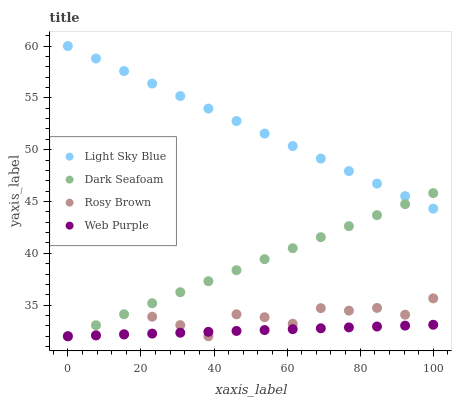
| xaxis_label | Light Sky Blue | Dark Seafoam | Rosy Brown | Web Purple |
 | --- | --- | --- | --- | --- |
 | 0 | 60 | 32 | 32 | 32 |
 | 7.69 | 58.8 | 33.1 | 32.1 | 32.1 |
 | 15.4 | 57.6 | 34.1 | 32.2 | 32.2 |
 | 23.1 | 56.4 | 35.2 | 33.9 | 32.3 |
 | 30.8 | 55.2 | 36.2 | 33.1 | 32.3 |
 | 38.5 | 54 | 37.3 | 32 | 32.4 |
 | 46.2 | 52.8 | 38.4 | 34.1 | 32.5 |
 | 53.8 | 51.6 | 39.4 | 33.8 | 32.6 |
 | 61.5 | 50.3 | 40.5 | 33.2 | 32.7 |
 | 69.2 | 49.1 | 41.6 | 34.7 | 32.8 |
 | 76.9 | 47.9 | 42.6 | 34.5 | 32.9 |
 | 84.6 | 46.7 | 43.7 | 34.7 | 32.9 |
 | 92.3 | 45.5 | 44.7 | 34.1 | 33 |
 | 100 | 44.3 | 45.8 | 35.7 | 33.1 |